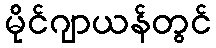
မိုင်ဂျာယန်တွင်